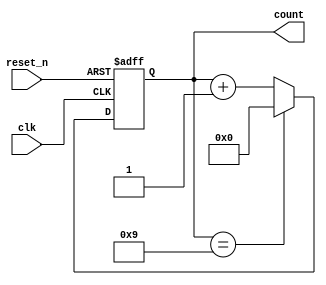
module BCD_Asynchronous_Counter (
    input wire clk,         // Asynchronous clock input
    input wire reset_n,     // Asynchronous active-low reset signal
    output reg [3:0] count  // 4-bit BCD output
);

    // Always block to handle counter behavior
    always @(posedge clk or negedge reset_n) begin
        // Check for reset first
        if (!reset_n) begin
            count <= 4'b0000; // Reset count to 0
        end else begin
            // Increment count
            if (count == 4'b1001) begin
                count <= 4'b0000; // Reset to 0 when count reaches 10
            end else begin
                count <= count + 1; // Increment count
            end
        end
    end

endmodule